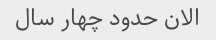
الان حدود چهار سال